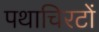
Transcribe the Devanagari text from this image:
पथाचिरटों